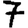
Digit: 7